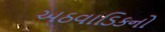
અઠવાડિકનો